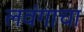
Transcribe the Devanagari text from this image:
लवंगाचा